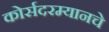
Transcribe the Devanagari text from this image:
कोर्सदरम्यानचे